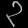
Digit: ၃